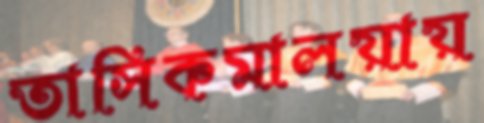
তাসিকমালয়ায়